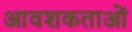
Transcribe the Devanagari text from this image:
आवशकताओं